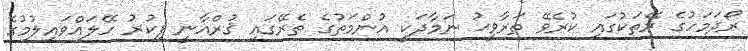
ރޯދަމަހުގެ ރޭތަކުގައި ކުރެވޭ ތަރާވީޙު ނަމާދަކީ އުންމަތުގެ ތެރޭގައި ޤުރްއާނީ ފިކުރު ހޭލައްވައިލުމުގެ